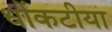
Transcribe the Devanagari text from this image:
धोंकटीया